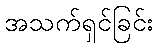
အသက်ရှင်ခြင်း